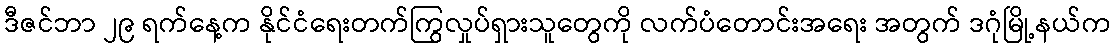
ဒီဇင်ဘာ ၂၉ ရက်နေ့က နိုင်ငံရေးတက်ကြွလှုပ်ရှားသူတွေကို လက်ပံတောင်းအရေး အတွက် ဒဂုံမြို့နယ်က